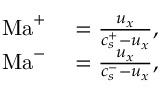
\begin{array} { r l } { \mathrm { M a } ^ { + } } & { { } = \frac { u _ { x } } { c _ { s } ^ { + } - u _ { x } } , } \\ { \mathrm { M a } ^ { - } } & { { } = \frac { u _ { x } } { c _ { s } ^ { - } - u _ { x } } , } \end{array}